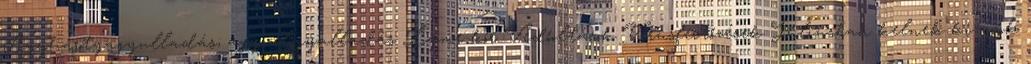
Agyhártyagyulladás; agyvelőgyulladás Lyme-kór Védőoltások Vírusfertőzések Júliusban kelnek ki azok